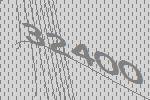
32400